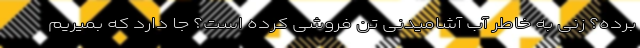
برده؟ زنی به خاطر آب آشامیدنی تن فروشی کرده است؟ جا دارد که بمیریم